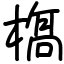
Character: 𣘺